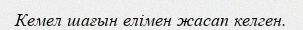
Кемел шағын елімен жасап келген.